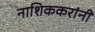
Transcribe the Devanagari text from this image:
नाशिककरांनी